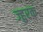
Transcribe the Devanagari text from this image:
ज्हुरक